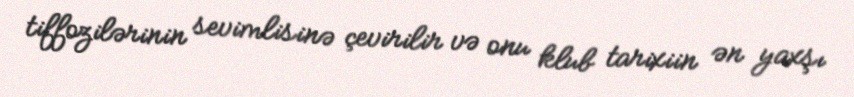
tiffozilərinin sevimlisinə çevirilir və onu klub tarixiin ən yaxşı